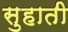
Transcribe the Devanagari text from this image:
सुहाती